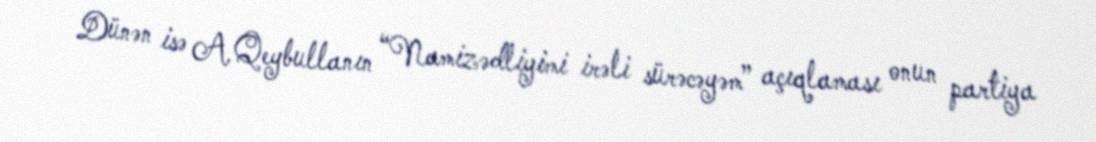
Dünən isə A.Qeybullanın “Namizədliyimi irəli sürəcəyəm” açıqlaması onun partiya